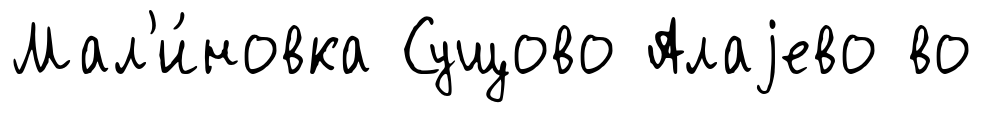
Мал'и́новка Сущово Алаjево во